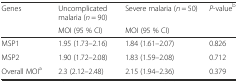
| <ROWSPAN=2> Genes | Uncomplicated malaria (n = 90) | Severe malaria (n = 50) | P-valueb |
 | MOI (95 % CI) | MOI (95 % CI) |  |
 | --- | --- | --- | --- |
 | MSP1 | 1.95 (1.73–2.16) | 1.84 (1.61–2.07) | 0.826 |
 | MSP2 | 1.90 (1.72–2.08) | 1.83 (1.59–2.08) | 0.712 |
 | Overall MOIa | 2.3 (2.12–2.48) | 2.15 (1.94–2.36) | 0.379 |